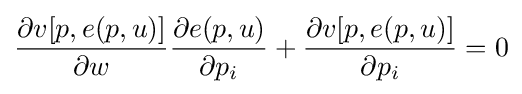
{\frac {\partial v[p,e(p,u)]}{\partial w}}{\frac {\partial e(p,u)}{\partial p_{i}}}+{\frac {\partial v[p,e(p,u)]}{\partial p_{i}}}=0